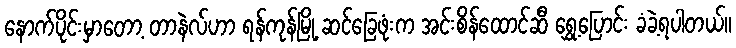
နောက်ပိုင်းမှာတော့ တာနဲလ်ဟာ ရန်ကုန်မြို့ ဆင်ခြေဖုံးက အင်းစိန်ထောင်ဆီ ရွှေ့ပြောင်း ခံခဲ့ရပါတယ်။